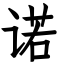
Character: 诺